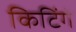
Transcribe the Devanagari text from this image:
किटिंगे